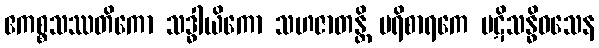
ဧကစ္စသဿတိကော သဒ္ဓါယိကော သဟဇာတန္တိ ပရိစာရကေ ပဋိသန္ဓိဝသေန